Plague in India, 1896, 1897 - Volume 3
Year: 1896
Disease focus: Plague
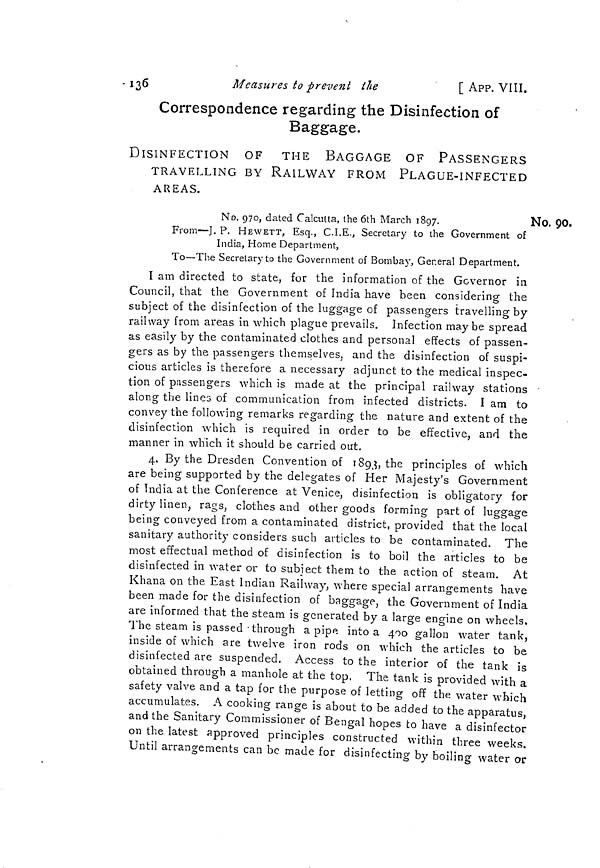
. £ß6
Measures to prevent iJie
[ APP. VIII.
Correspondence regarding the Disinfection of
Baggage.
DISINFECTION OF THE BAGGAGE OF PASSENGERS
TRAVELLING BY RAILWAY FROM PLAGUE-INFECTED
AREAS.
No. 90.
No. 970, dated Calcutta, the 6lh March 1897.
Ni
prom—j t p. HEWETT, Esq., C.I.E., Secretary to the Government of
India, Home Department,
To—The Secretary to the Government of Bombay, General Department.
I am directed to state, für the information of the Governor in
Council, that the Government of India have been considering the
subject of the disinfection of the luggage of passengers travelling by
railway from areas in which plague prevails. Infection maybe spread
as easily by the contaminated clothes and personal effects of passen-
gers as by the passengers themselves, and the disinfection of suspi-
cious articles is therefore a necessary adjunct to the medical inspec-
tion of passengers which is made at the principal railway stations •
alonar the lines of communication from infected districts. I am to
O
convey the following remarks regarding the nature and extent of the
disinfection which is required in order to be effective, and the
manner in which it should be carried out.
4. By the Dresden Convention of 189^, the principles of which
are being supported by the delegates of Her Majesty's Government
of India at the Conference at Venice, disinfection is obligatory for
dirty linen, rags, clothes and other goods forming part of luggage
being conveyed from a contaminated district, provided that the local
sanitary authority considers such articles to be contaminated. The
most effectual method of disinfection is to boil the articles to be
disinfected in water or to subject them to the action of steam. At
Khana on the East Indian Railway, where special arrangements have
been made for the disinfection of baggage, the Government of India
are informed that the steam is generated by a large engine on wheels.
The steam is passed-through apipe into a 400 gallon water tank,
inside of which are twelve iron rods on which the articles to be
disinfected are suspended. Access to the interior of the tank is
obtained through a manhole at the top, The tank is provided with a
safety valve and a tap for the purpose of letting off the water which
accumulates. A cooking range is about to be added to the apparatus,
and the Sanitary Commissioner of Bengal hopes to have a disinfector
on the latest approved principles constructed within three weeks.
Until arrangements can be made for disinfecting by boiling water or